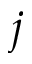
j